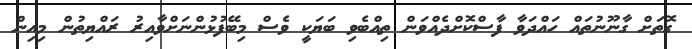
ގޮތަށް ގާނޫނުތައް ހައްދަވާ ފާސްކޮށްދެއްވަން ތިއްބެވި ބަޔަކީ ވެސް މިބޭފުޅުންނަށްވާއިރު ރައްޔިތުން މިއިން